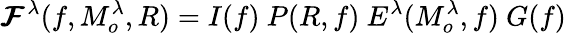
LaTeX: \pmb{\mathcal{F}}^{\lambda}(f,M_{o}^{\lambda},R)=I(f)~P(R,f)~E^{\lambda}(M_{o}^{\lambda},f)~G(f)